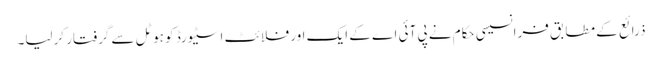
ذرائع کے مطابق فرانسیسی حکام نے پی آئی اے کے ایک اور فلائٹ اسٹیورڈ کو ہوٹل سے گرفتار کرلیا۔